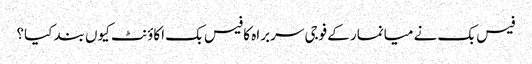
فیس بک نے میانمار کے فوجی سربراہ کا فیس بک اکاؤنٹ کیوں بند کیا؟